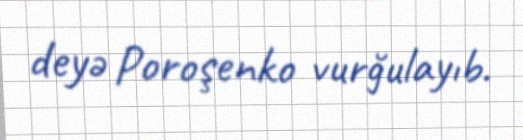
deyə Poroşenko vurğulayıb.